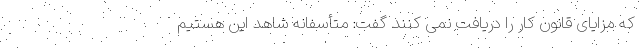
که مزایای قانون کار را دریافت نمی کنند گفت: متأسفانه شاهد این هستیم